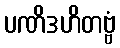
ပဏိဒဟိတဗ္ဗံ